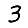
Digit: 3